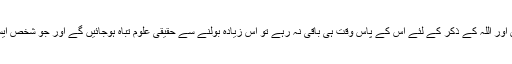
اگر آدمی لوگوں سے اتنی باتیں کرے کہ غورو خوض اور اللہ کے ذکر کے لئے اس کے پاس وقت ہی باقی نہ رہے تو اس زیادہ بولنے سے حقیقی علوم تباہ ہوجائیں گے اور جو شخص ایسا کرے اس نے درحقیقت اپنی عقل کو تباہ کردیا ہے۔